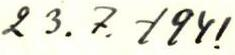
23.7. -1941.